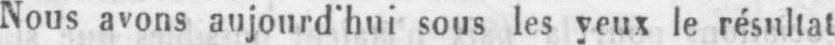
Nous avons aujourd’hui sous les yeux le résultat